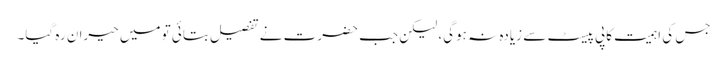
جس کی اہمیت کاپی پیسٹ سے زیادہ نہ ہوگی، لیکن جب حضرت نے تفصیل بتائی تو میں حیران رہ گیا۔